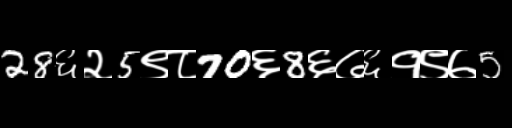
Text: 28६२5९८70६8६७६१९७5